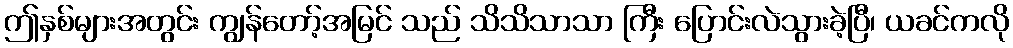
ဤနှစ်များအတွင်း ကျွန်တော့်အမြင် သည် သိသိသာသာ ကြီး ပြောင်းလဲသွားခဲ့ပြီ၊ ယခင်ကလို